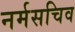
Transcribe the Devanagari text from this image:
नर्मसचिव